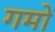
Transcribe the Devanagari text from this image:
गमों